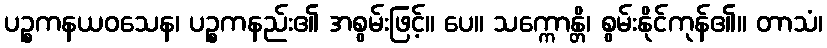
ပဉ္စကနယဝသေန၊ ပဉ္စကနည်း၏ အစွမ်းဖြင့်။ ပေ။ သက္ကောန္တိ၊ စွမ်းနိုင်ကုန်၏။ တာသံ၊